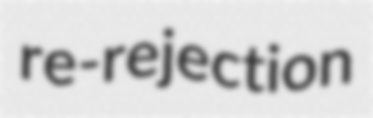
re-rejection